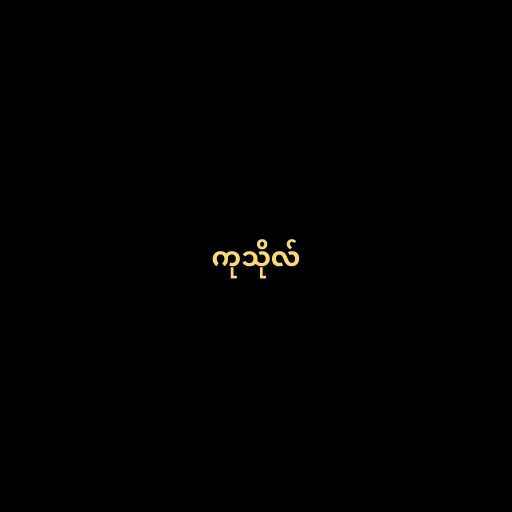
ကုသိုလ်